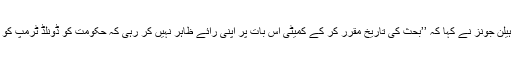
دارالعوام کی پٹیشنز کمیٹی کی چیئرپرسن ہیلن جونز نے کہا کہ ’’بحث کی تاریخ مقرر کر کے کمیٹی اس بات پر اپنی رائے ظاہر نہیں کر رہی کہ حکومت کو ڈونلڈ ٹرمپ کو برطانیہ سے خارج رکھنا چاہیئے یا نہیں۔